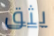
يثق